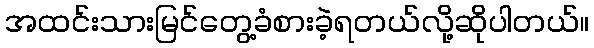
အထင်းသားမြင်တွေ့ခံစားခဲ့ရတယ်လို့ဆိုပါတယ်။